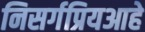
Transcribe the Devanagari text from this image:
निसर्गप्रियआहे